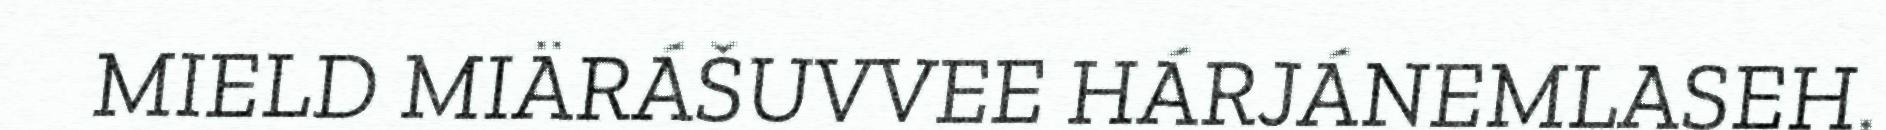
MIELD MIÄRÁŠUVVEE HÁRJÁNEMLASEH.